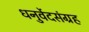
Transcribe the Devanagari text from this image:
धनुर्वेदसंग्रह